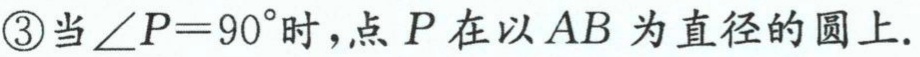
\textcircled{3}当\(\angle P = 90^{\circ}\)时，点\(P\)在以\(AB\)为直径的圆上.